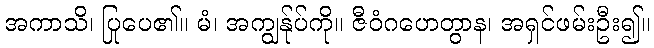
အကာသိ၊ ပြုပေ၏။ မံ၊ အကျွန်ုပ်ကို။ ဇီဝံဂဟေတွာန၊ အရှင်ဖမ်းဦး၍။